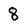
Character: 8